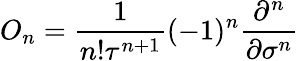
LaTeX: O_{n}=\frac{1}{n!\tau^{n+1}}(-1)^{n}\frac{\partial^{n}}{\partial\sigma^{n}}